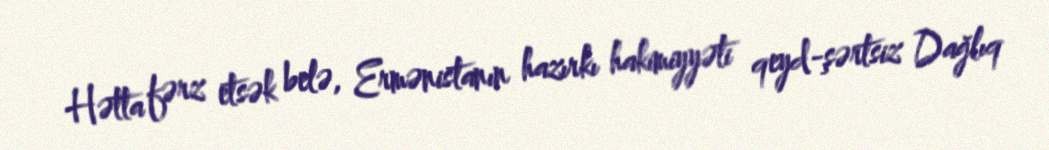
Hətta fərz etsək belə, Ermənistanın hazırkı hakimiyyəti qeyd-şərtsiz Dağlıq